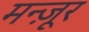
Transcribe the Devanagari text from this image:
मन्ज़ूर